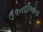
ઉપનદીઓના